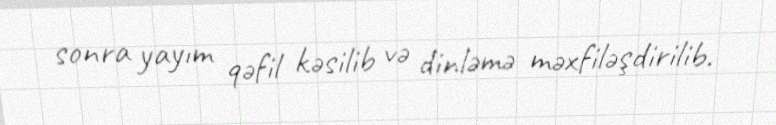
sonra yayım qəfil kəsilib və dinləmə məxfiləşdirilib.